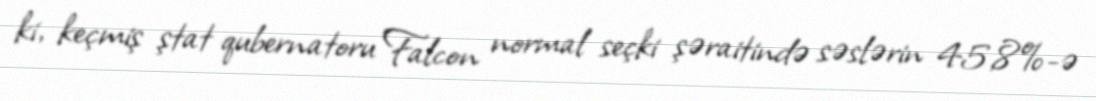
ki, keçmiş ştat qubernatoru Falcon normal seçki şəraitində səslərin 45,8%-ə